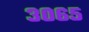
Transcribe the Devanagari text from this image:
३०६५